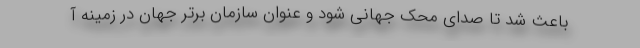
باعث شد تا صدای محک جهانی شود و عنوان سازمان برتر جهان در زمینه آ